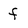
Character: f